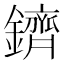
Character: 鑇